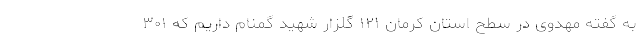
به گفته مهدوی در سطح استان کرمان ۱۲۱ گلزار شهید گمنام داریم که ۳۰۱